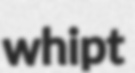
whipt